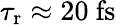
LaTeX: \tau_{\mathrm{r}}\approx 20~\mathrm{fs}